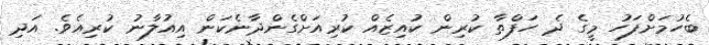
ބެހުމަށްފަހު މީގެ ދެ ހަފްތާ ކުރިން ކުއިޒެއް ކުރިއަށްގެންދާނެކަން އިއުލާނު ކުރިއެވެ. އަދި